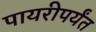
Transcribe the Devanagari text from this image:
पायरीपर्यंत